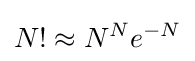
N!\approx N^{N}e^{-N}